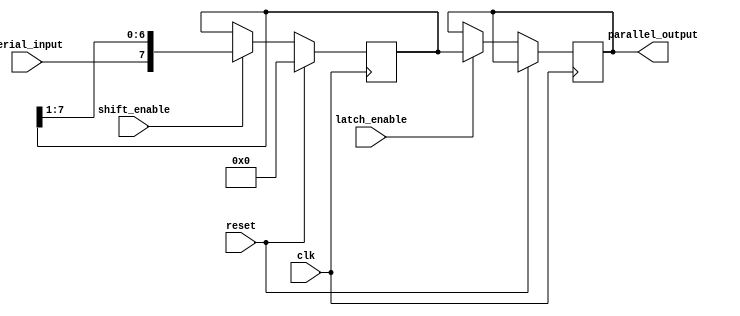
module serial_parallel_register (
    input clk,
    input reset,
    input serial_input,
    input shift_enable,
    input latch_enable,
    output reg [7:0] parallel_output
);

reg [7:0] shift_register;

always @(posedge clk) begin
    if (reset) begin
        shift_register <= 8'b0;
    end else begin
        if (shift_enable) begin
            shift_register <= {serial_input, shift_register[7:1]};
        end
        if (latch_enable) begin
            parallel_output <= shift_register;
        end
    end
end

endmodule